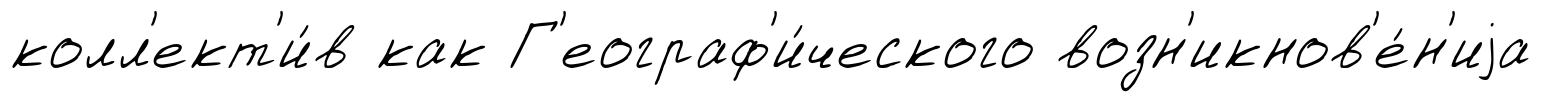
колл'ект'и́в как Г'еограф'и́ческого возн'икнов'е́н'иjа